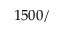
1 5 0 0 /